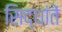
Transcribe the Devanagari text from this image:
सिद्धांतें